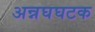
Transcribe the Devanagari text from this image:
अन्नघघटक